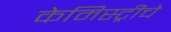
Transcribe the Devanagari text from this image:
केमिस्ट्रीचे